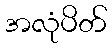
အလုံပိတ်